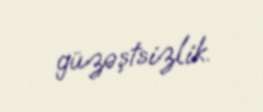
güzəştsizlik.